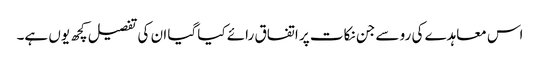
اس معاہدے کی رو سے جن نکات پر اتفاق رائے کیا گیا ان کی تفصیل کچھ یوں ہے۔